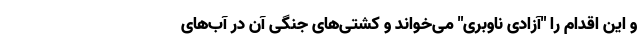
و این اقدام را "آزادی ناوبری" می‌خواند و کشتی‌های جنگی آن در آب‌های